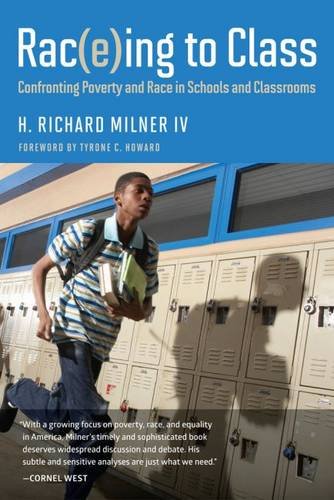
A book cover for Rac(e)ing to Class: Confronting Poverty and Race in Schools and Classrooms; H. Richard Milner IV; Education & Teaching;